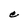
Character: C